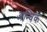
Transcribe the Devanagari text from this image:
अन्विक